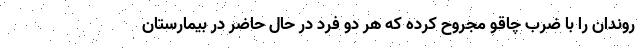
روندان را با ضرب چاقو مجروح کرده که هر دو فرد در حال حاضر در بیمارستان